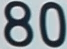
80